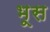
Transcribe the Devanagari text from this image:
भूस